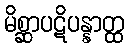
မိစ္ဆာပဋိပန္နာတ္ထ